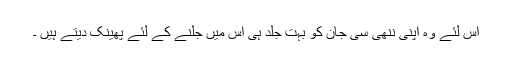
اس لئے وہ اپنی ننھی سی جان کو بہت جلد ہی اس میں جلنے کے لئے پھینک دیتے ہیں ۔